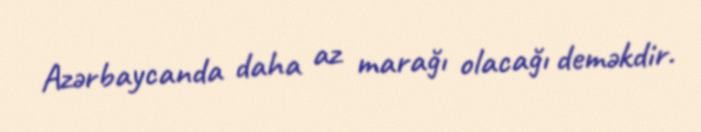
Azərbaycanda daha az marağı olacağı deməkdir.